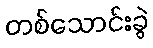
တစ်သောင်းခွဲ